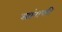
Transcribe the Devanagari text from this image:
लांगफी